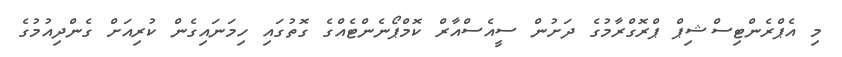
މި އެޕްރެންޓިސްޝިޕް ޕްރޮގްރާމުގެ ދަށުން ސީއެސްއާރް ކޮމްޕޯނެންޓެއްގެ ގޮތުގައި ހިމަނައިގެން ކުރިއަށް ގެންދިއުމުގެ